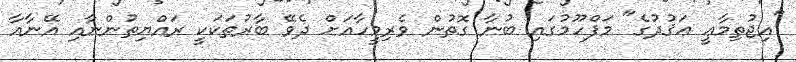
"އިޖުތިމާޢީ ޢަޤުދުގެ" މަފްހޫމުގައި ބުނާ ގޮތުން ވެރިމީހާއަށް ދެވޭ ބާރުތަކަކީ ރައްޔިތުންނާއި އޭނާއާ